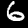
Label: 6